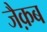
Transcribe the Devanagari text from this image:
जैक़ब